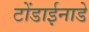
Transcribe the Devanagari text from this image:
टोंडाईनाडे